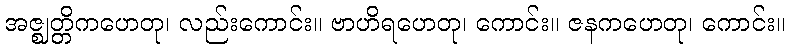
အဇ္ဈတ္တိကဟေတု၊ လည်းကောင်း။ ဗာဟိရဟေတု၊ ကောင်း။ ဇနကဟေတု၊ ကောင်း။